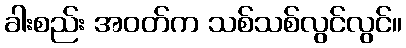
ခါးစည်း အဝတ်က သစ်သစ်လွင်လွင်။